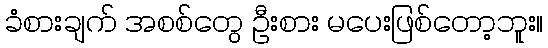
ခံစားချက် အစစ်တွေ ဦးစား မပေးဖြစ်တော့ဘူး။